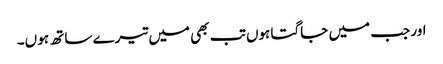
اور جب میں جاگتا ہوں تب بھی میں تیرے ساتھ ہو ں۔